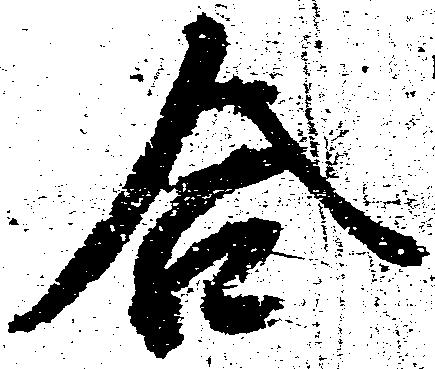
合